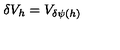
\delta V _ { h } = V _ { \delta \psi ( h ) }